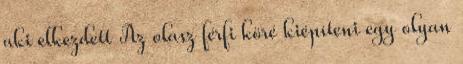
aki elkezdett Az olasz férfi köré kiépíteni egy olyan